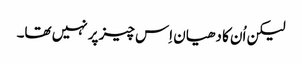
‏ لیکن اُن کا دھیان اِس چیز پر نہیں تھا۔